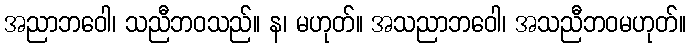
အညာဘဝေါ၊ သညီဘဝသည်။ န၊ မဟုတ်။ အသညာဘဝေါ၊ အသညီဘဝမဟုတ်။